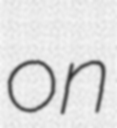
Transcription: on